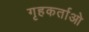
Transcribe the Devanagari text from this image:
गृहकर्ताओ